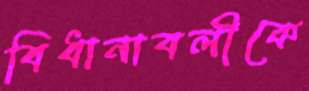
বিধানাবলীকে